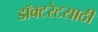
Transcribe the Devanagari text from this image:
डॉक्टरेटसाठी